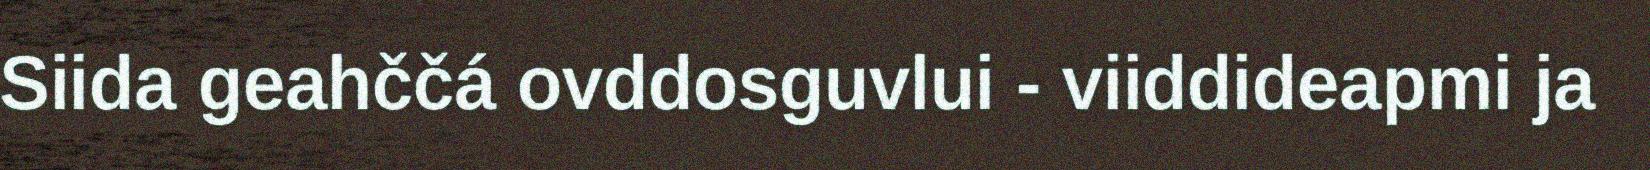
Siida geahččá ovddosguvlui - viiddideapmi ja